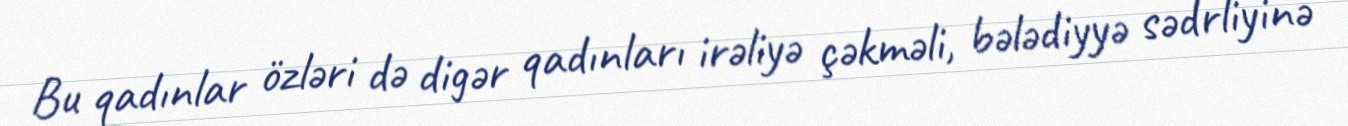
Bu qadınlar özləri də digər qadınları irəliyə çəkməli, bələdiyyə sədrliyinə